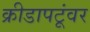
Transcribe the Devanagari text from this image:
क्रीडापटूंवर